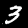
Label: 3